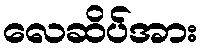
လေဆိပ်အား